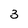
Character: 3